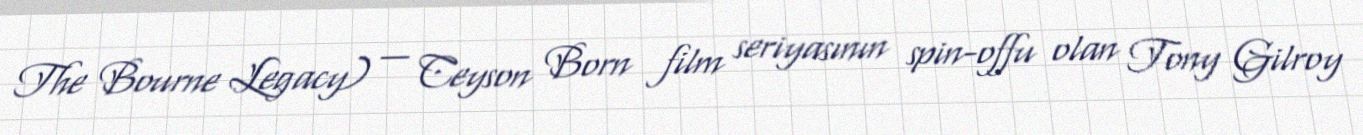
The Bourne Legacy) — Ceyson Born film seriyasının spin-offu olan Tony Gilroy